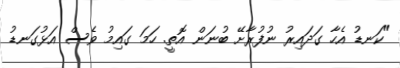
"ކަނޑު އެހާ ގަދައިރު ނުފުރާށޭ ބުނަން އޮތީ. ހަމަ ގައިމު ވެސް އަޅުގަނޑު